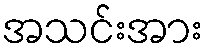
အသင်းအား